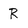
Character: R